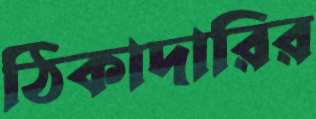
ঠিকাদারির